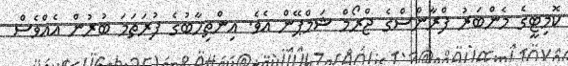
ކޮމިޓީގެ މެންބަރު ފްރާންސްގެ ޖްރޯމް ޝަމްޕޭން އެވެ. އިންތިހާބުގެ ފުރަތަމަ ބުރުން އެއްވެސް